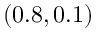
( 0 . 8 , 0 . 1 )